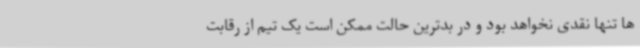
ها تنها نقدی نخواهد بود و در بدترین حالت ممکن است یک تیم از رقابت